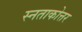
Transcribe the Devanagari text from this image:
स्नताकोत्तर